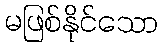
မဖြစ်နိုင်သော